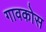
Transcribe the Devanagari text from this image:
गावकोस